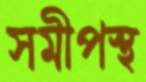
সমীপস্থ